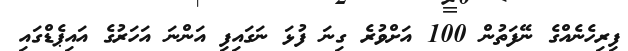
ފިރިހެނެއްގެ ނޭފަތުން 100 އަށްވުރެ ގިނަ ފުޅަ ނަގައިފި އަންނަ އަހަރުގެ އައިޕެޑްގައި